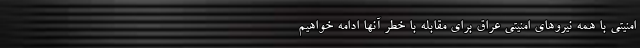
امنیتی با همه نیروهای امنیتی عراق برای مقابله با خطر آنها ادامه خواهیم